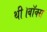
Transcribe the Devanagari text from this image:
थी।बॉक्स